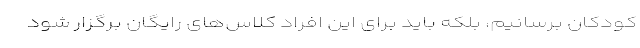
کودکان برسانیم، بلکه باید برای این افراد کلاس‌های رایگان برگزار شود